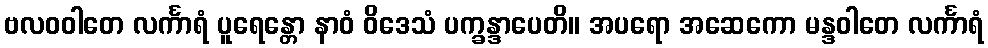
ဗလဝဝါတေ လင်္ကာရံ ပူရေန္တော နာဝံ ဝိဒေသံ ပက္ခန္ဒာပေတိ။ အပရော အဆေကော မန္ဒဝါတေ လင်္ကာရံ